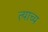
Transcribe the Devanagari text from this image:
त्याच्य